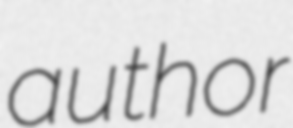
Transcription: author